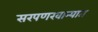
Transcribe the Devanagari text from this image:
सरपणखान्यात